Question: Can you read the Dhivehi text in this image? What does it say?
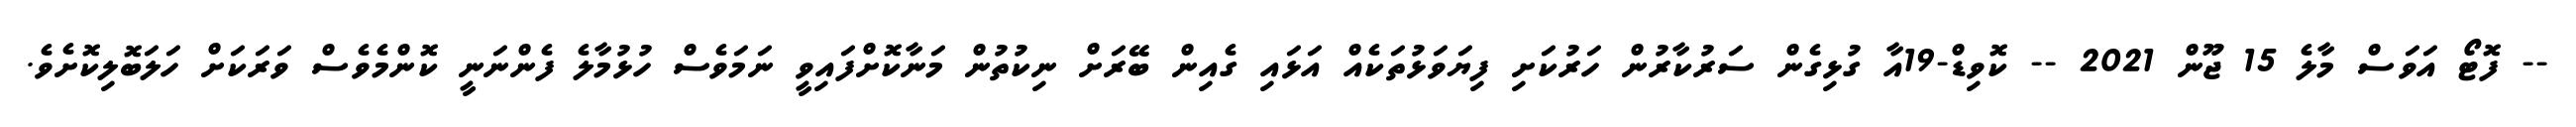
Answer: -- ފޮޓޯ އަވަސް މާލެ 15 ޖޫން 2021 -- ކޮވިޑް-19އާ ގުޅިގެން ސަރުކާރުން ހަރުކަށި ފިޔަވަޅުތަކެއް އަޅައި ގެއިން ބޭރަށް ނިކުތުން މަނާކޮށްފައިވީ ނަމަވެސް ހުޅުމާލެ ފެންނަނީ ކޮންމެވެސް ވަރަކަށް ހަލަބޮލިކޮށެވެ.